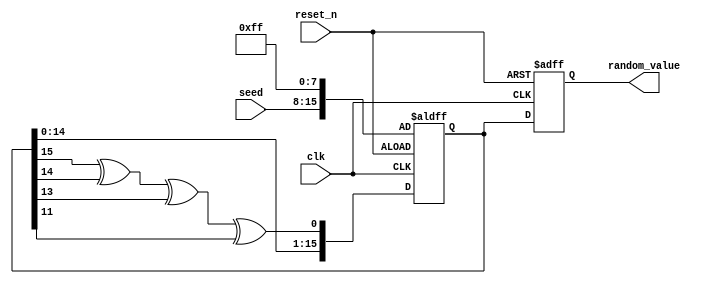
module RandomInit (
    input wire clk,          // Clock signal
    input wire reset_n,      // Active-low reset signal
    input wire [7:0] seed,   // Seed input for initialization
    output reg [15:0] random_value // Random value output
);

    // Internal state for LFSR
    reg [15:0] lfsr;

    // LFSR Polynomial for 16-bit LFSR: x^16 + x^14 + x^13 + x^11 + 1
    wire feedback_bit = lfsr[15] ^ lfsr[14] ^ lfsr[13] ^ lfsr[11];

    always @(posedge clk or negedge reset_n) begin
        if (!reset_n) begin
            // On reset, initialize the LFSR with the seed value
            lfsr <= {seed[7:0], 8'hFF}; // Seed must not be zero; ensure some initial value
            random_value <= 16'h0; // Initialize output
        end else begin
            // Shift and update the LFSR
            lfsr <= {lfsr[14:0], feedback_bit}; // Shift LFSR one bit
            random_value <= lfsr;                // Output the current state of LFSR as random value
        end
    end

endmodule